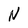
Character: N